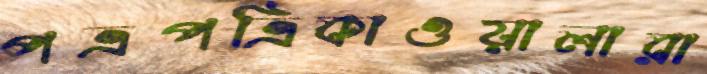
পত্রপত্রিকাওয়ালারা